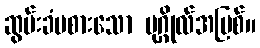
ဆွမ်းခံမစားသော ပုဂ္ဂိုလ်အပြစ်။